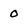
Character: 0